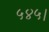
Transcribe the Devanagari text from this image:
५४५।